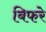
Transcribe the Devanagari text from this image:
बिफरे